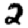
Digit: 2